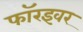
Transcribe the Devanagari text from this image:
फॉरइवर